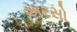
અરસો